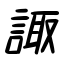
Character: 諏